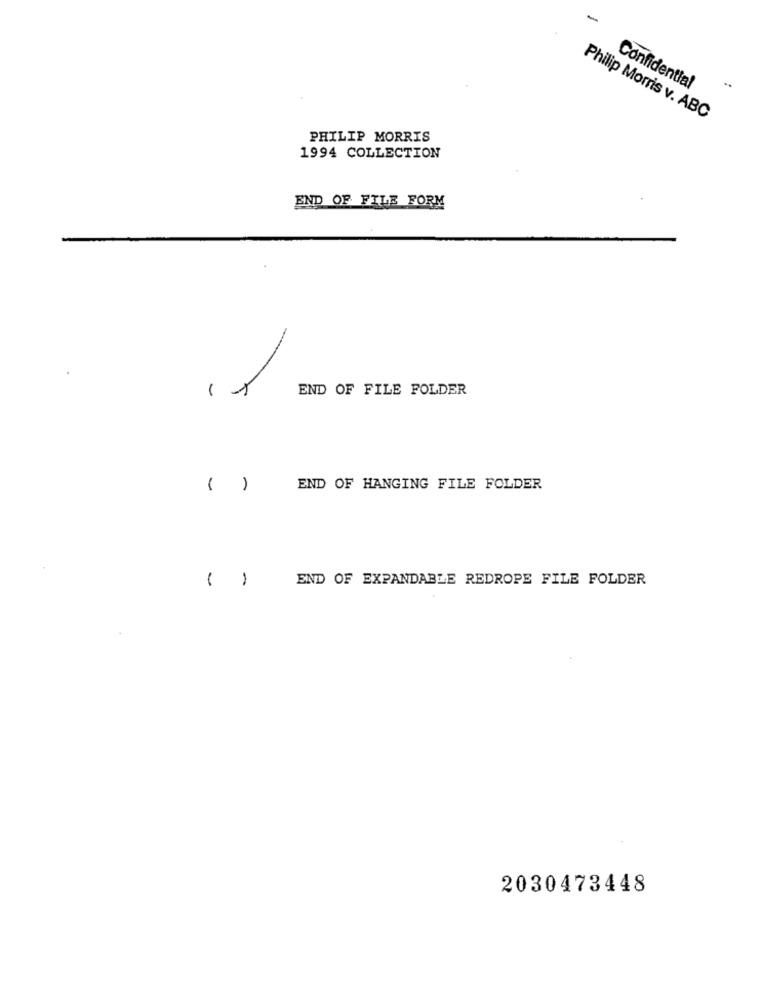
Confidential
Philip Morris v. ABC
PHILIP MORRIS
1994 COLLECTION
END OF FILE FORM
-
END OF FILE FOLDER
( )
END OF HANGING FILE FOLDER
( )
END OF EXPANDABLE REDROPE FILE FOLDER
2030473448